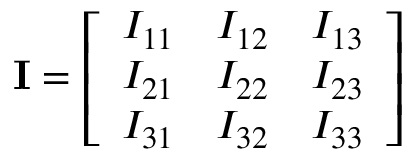
\mathbf { I } = { \left[ \begin{array} { l l l } { I _ { 1 1 } } & { I _ { 1 2 } } & { I _ { 1 3 } } \\ { I _ { 2 1 } } & { I _ { 2 2 } } & { I _ { 2 3 } } \\ { I _ { 3 1 } } & { I _ { 3 2 } } & { I _ { 3 3 } } \end{array} \right] }